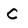
Character: c